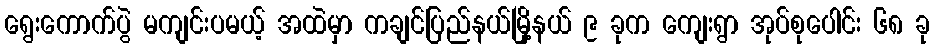
ရွေးကောက်ပွဲ မကျင်းပမယ့် အထဲမှာ ကချင်ပြည်နယ်မြို့နယ် ၉ ခုက ကျေးရွာ အုပ်စုပေါင်း ၆၈ ခု